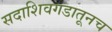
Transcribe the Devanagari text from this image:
सदाशिवगडातूनच